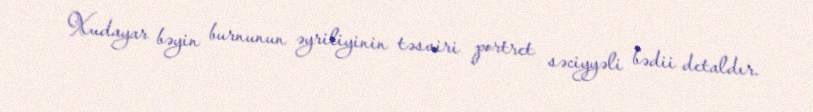
Xudayar bəyin burnunun əyriliyinin təsviri portret səciyyəli bədii detaldır.